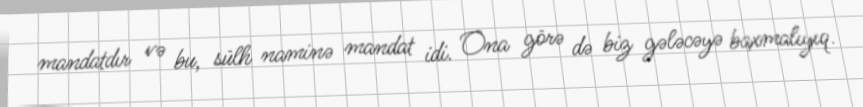
mandatdır və bu, sülh naminə mandat idi. Ona görə də biz gələcəyə baxmalıyıq.